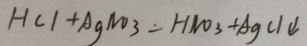
H C l + A g N O _ { 3 } = H N O _ { 3 } + A g C l \downarrow